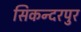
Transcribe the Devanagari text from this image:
सिकन्‍दरपुर